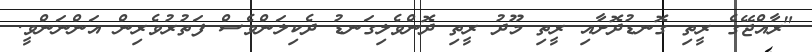
"ރާއްޖޭގެ ރީތި ގޮނޑުދޮށާއި ރީތި މޫދު ރީތި ދޮންވެލިގަނޑު ދެކިލަންވެސް ފަތުރުވެރިން އަންނަންވީ.